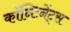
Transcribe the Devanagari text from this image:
कॉन्टिनेंट्स